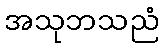
အသုဘသညံ